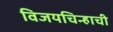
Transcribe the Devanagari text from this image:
विजयचिन्हाची